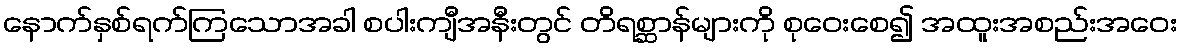
နောက်နှစ်ရက်ကြသောအခါ စပါးကျီအနီးတွင် တိရစ္ဆာန်များကို စုဝေးစေ၍ အထူးအစည်းအဝေး